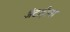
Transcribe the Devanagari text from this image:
अंटाईल्स